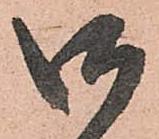
御